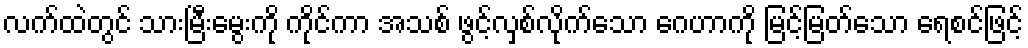
လက်ထဲတွင် သားမြီးမွေးကို ကိုင်ကာ အသစ် ဖွင့်လှစ်လိုက်သော ဂေဟာကို မြင့်မြတ်သော ရေစင်ဖြင့်